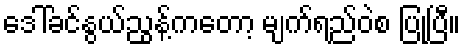
ဒေါ်ခင်နွယ်ညွန့်ကတော့ မျက်ရည်ဝဲစ ပြုပြီ။